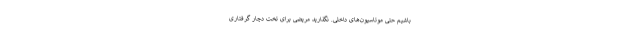
باشیم حتی موتاسیون‌های داخلی. نگذارید مریضی برای تخت دچار گرفتاری